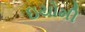
ઇયોમી